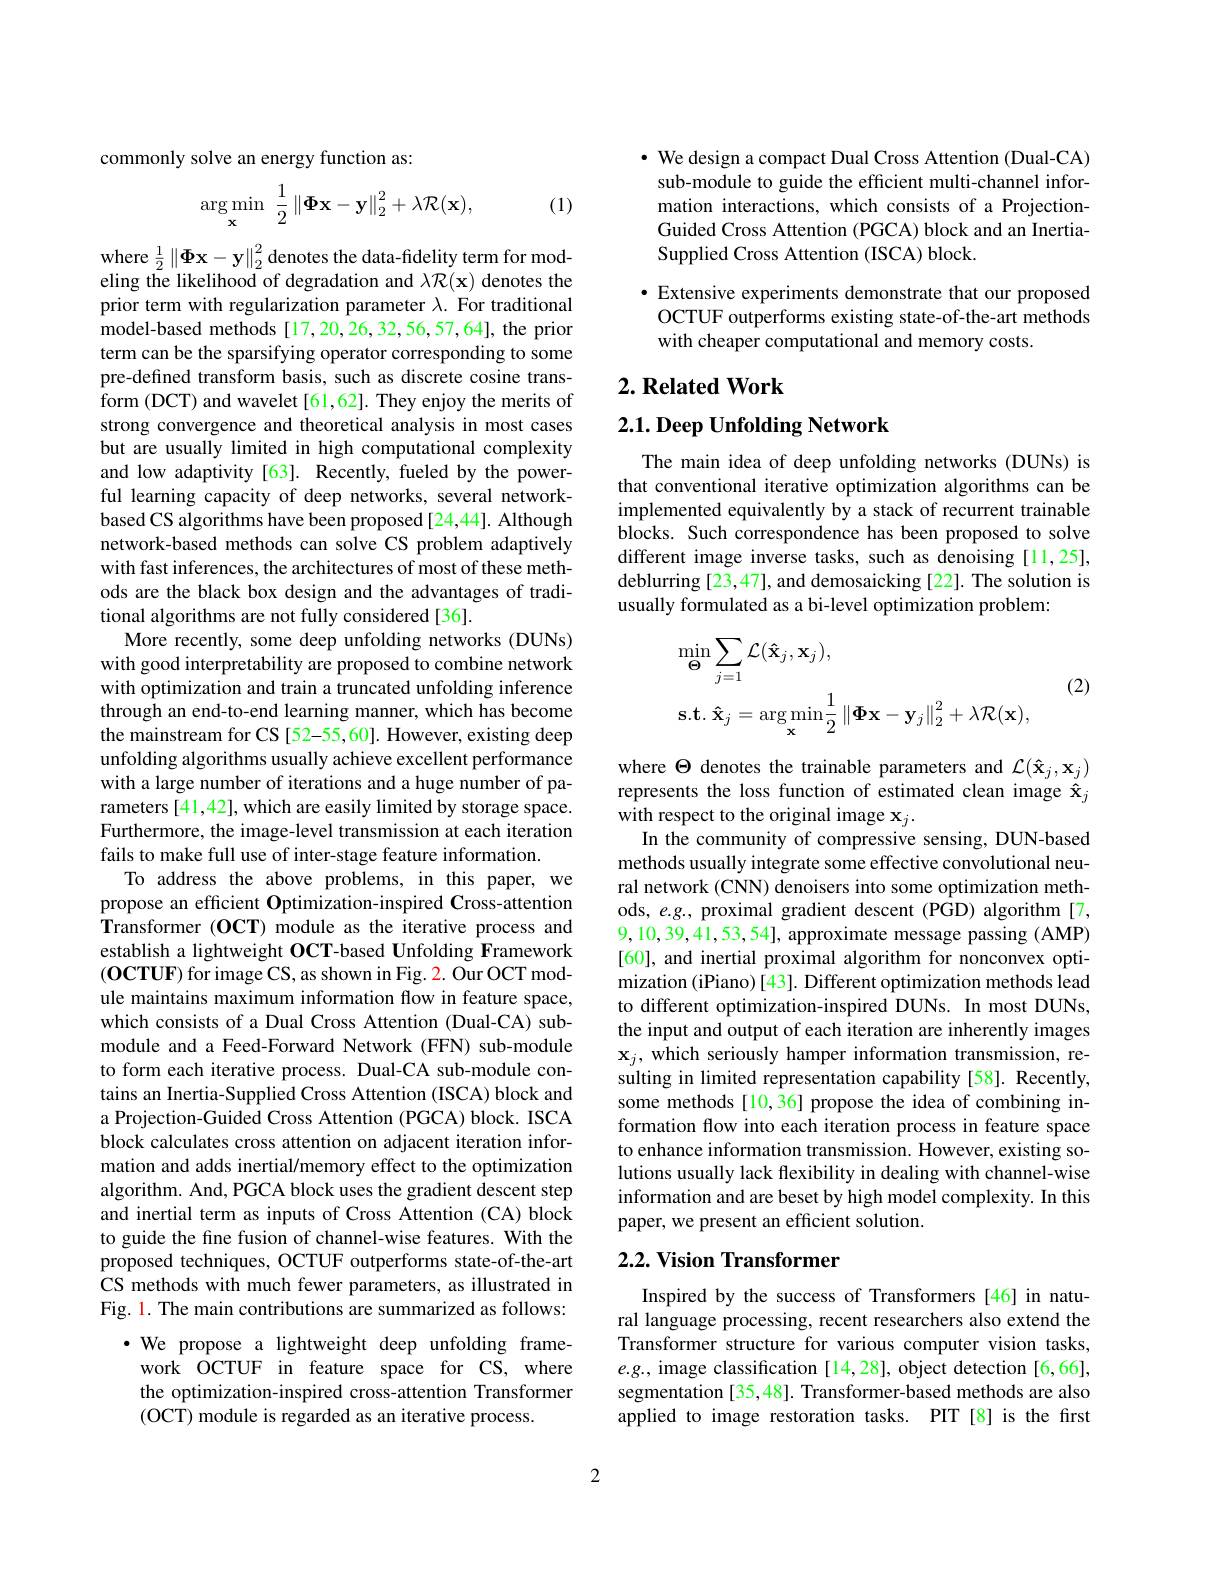
commonly solve an energy function as:
$$\underset{\mathbf{x}}{\arg\min}\:\frac{1}{2}\left\|\mathbf{\Phi}\mathbf{x}-\mathbf{y}\right\|_{2}^{2}+\lambda\mathcal{R}(\mathbf{x}),$$
(1)

where $\frac12\left\|\Phi\mathbf{x}-\mathbf{y}\right\|_{2}^{2}$denotes the data-fidelity term for modeling the likelihood of degradation and $\lambda\mathcal{R}(\mathbf{x})$ denotes the prior term with regularization parameter $\lambda.$ For traditional model-based methods [17,20,26,32,56,57,64], the prior term can be the sparsifying operator corresponding to some pre-defined transform basis, such as discrete cosine transform (DCT) and wavelet [61,62]. They enjoy the merits of strong convergence and theoretical analysis in most cases but are usually limited in high computational complexity and low adaptivity[63]. Recently, fueled by the powerful learning capacity of deep networks, several networkbased CS algorithms have been proposed [24,44]. Although network-based methods can solve CS problem adaptively with fast inferences, the architectures of most of these methods are the black box design and the advantages of traditional algorithms are not fully considered [36].
More recently, some deep unfolding networks (DUNs) with good interpretability are proposed to combine network with optimization and train a truncated unfolding inference through an end-to-end learning manner, which has become the mainstream for CS [52-55,60]. However, existing deep unfolding algorithms usually achieve excellent performance with a large number of iterations and a huge number of parameters[41,42], which are easily limited by storage space. Furthermore, the image-level transmission at each iteration fails to make full use of inter-stage feature information.
To address the above problems, in this paper, we propose an efficient Optimization-inspired Cross-attention Transformer (OCT) module as the iterative process and establish a lightweight OCT-based Unfolding Framework $(\mathbf{OCTUF})$ for image CS, as shown in Fig. 2. Our OCT module maintains maximum information flow in feature space, which consists of a Dual Cross Attention (Dual-CA) submodule and a Feed-Forward Network (FFN) sub-module to form each iterative process. Dual-CA sub-module contains an Inertia-Supplied Cross Attention (ISCA) block and a Projection-Guided Cross Attention (PGCA) block. ISCA block calculates cross attention on adjacent iteration information and adds inertial/memory effect to the optimization algorithm. And, PGCA block uses the gradient descent step and inertial term as inputs of Cross Attention (CA) block to guide the fine fusion of channel-wise features. With the proposed techniques, OCTUF outperforms state-of-the-art CS methods with much fewer parameters, as illustrated in Fig. 1. The main contributions are summarized as follows:
·We propose a lightweight deep unfolding frame-
work OCTUF in feature space for CS, where the optimization-inspired cross-attention Transformer (OCT) module is regarded as an iterative process.

$\cdot$ We design a compact Dual Cross Attention (Dual-CA) sub-module to guide the efficient multi-channel information interactions, which consists of a ProjectionGuided Cross Attention (PGCA) block and an InertiaSupplied Cross Attention (ISCA) block.

· Extensive experiments demonstrate that our proposed
OCTUF outperforms existing state-of-the-art methods
with cheaper computational and memory costs.

## $2. \textbf{Related Work}$

## $2. 1. \textbf{ Deep Unfolding Network}$

The main idea of deep unfolding networks (DUNs) is that conventional iterative optimization algorithms can be implemented equivalently by a stack of recurrent trainable blocks. Such correspondence has been proposed to solve different image inverse tasks, such as denoising [11,25], deblurring [23,47], and demosaicking [22]. The solution is usually formulated as a bi-level optimization problem:
$$\begin{aligned}&\operatorname*{min}_{\Theta}\sum_{j=1}\mathcal{L}(\mathbf{\hat{x}}_{j},\mathbf{x}_{j}),\\&\mathbf{s.t.}\:\mathbf{\hat{x}}_{j}=\arg\min_{\mathbf{x}}\frac{1}{2}\left\|\mathbf{\Phi}\mathbf{x}-\mathbf{y}_{j}\right\|_{2}^{2}+\lambda\mathcal{R}(\mathbf{x}),\end{aligned}$$
(2)

where $\Theta$ denotes the trainable parameters and $\mathcal{L}(\hat{\mathbf{x}}_j,\mathbf{x}_j)$ represents the loss function of estimated clean image $\hat{\mathbf{x}}_j$ $\hat{\mathrm{with~respect~to~the~original~image~x}}_{j}.$
In the community of compressive sensing, DUN-based methods usually integrate some effective convolutional neural network (CNN) denoisers into some optimization methods, e.g., proximal gradient descent (PGD) algorithm [7, 9,10,39,41,53,54], approximate message passing (AMP) [60], and inertial proximal algorithm for nonconvex optimization (iPiano) [43]. Different optimization methods lead to different optimization-inspired DUNs. In most DUNs, the input and output of each iteration are inherently images $\mathbf{x}_{j}$, which seriously hamper information transmission, resulting in limited representation capability [58]. Recently, some methods [10,36] propose the idea of combining information flow into each iteration process in feature space to enhance information transmission. However, existing solutions usually lack flexibility in dealing with channel-wise information and are beset by high model complexity. In this paper, we present an efficient solution.

# 2.2. Vision Transformer

Inspired by the success of Transformers[46] in natural language processing, recent researchers also extend the Transformer structure for various computer vision tasks, $e.g.$, image classification [14,28], object detection [6,66], segmentation [35,48]. Transformer-based methods are also applied to image restoration tasks. PIT [8] is the first

2